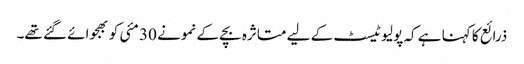
ذرائع کا کہنا ہے کہ پولیو ٹیسٹ کے لیے متاثرہ بچے کے نمونے 30 مئی کو بھجوائے گئے تھے۔